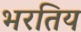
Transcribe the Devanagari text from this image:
भरतिय